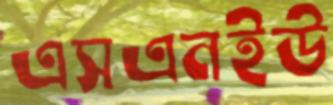
এসএনইউ